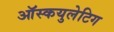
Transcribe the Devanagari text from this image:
ऑस्कयुलेटिग